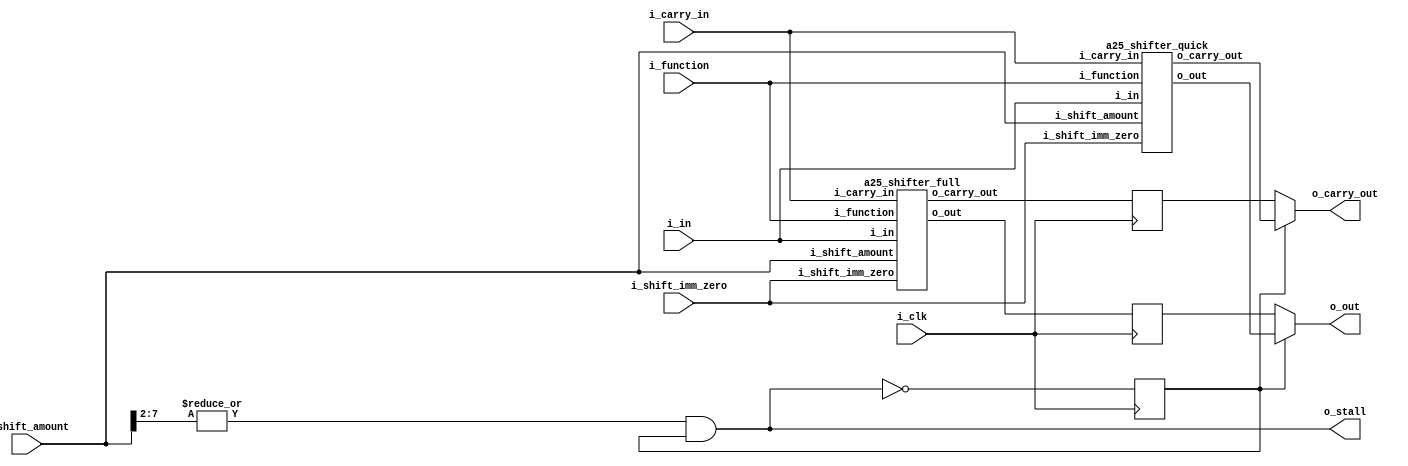
`define ADDR_WIDTH_21_8 8
`define DATA_WIDTH_21_8 21
`define ADDR_WIDTH_128_8 8
`define DATA_WIDTH_128_8 128
`define _A25_CONFIG_DEFINES
`define A25_ICACHE_WAYS 4
`define A25_DCACHE_WAYS 4
`define _A25_CONFIG_DEFINES
`define A25_ICACHE_WAYS 4
`define A25_DCACHE_WAYS 4
//`define A25_DECOMPILE
//`define A25_COPRO15_DEBUG
//`define A25_CACHE_DEBUG
//    `define A25_DECOMPILE_FILE    "amber.dis"

module a25_barrel_shift (
 
			i_clk,
			i_in,
			i_carry_in,
			i_shift_amount,     
			i_shift_imm_zero,  
			i_function,
 
			o_out,
			o_carry_out,
			o_stall
 
);

/************************* IO Declarations *********************/ 
input                       i_clk;
input       [31:0]          i_in;
input                       i_carry_in;
input       [7:0]           i_shift_amount;    // uses 8 LSBs of Rs, or a 5 bit immediate constant
input                       i_shift_imm_zero;   // high when immediate shift value of zero selected
input       [1:0]           i_function;
 
output      [31:0]          o_out;
output                      o_carry_out;
output                      o_stall;

/************************* IO Declarations *********************/ 
wire [31:0] quick_out;
wire        quick_carry_out;
wire [31:0] full_out;
wire        full_carry_out;
reg  [31:0] full_out_r       = 32'd0;
reg         full_carry_out_r = 1'd0;
reg         use_quick_r      = 1'd1;
 
 
assign o_stall      = (|i_shift_amount[7:2]) & use_quick_r;
assign o_out        = use_quick_r ? quick_out : full_out_r;
assign o_carry_out  = use_quick_r ? quick_carry_out : full_carry_out_r;
 
 
// Capture the result from the full barrel shifter in case the
// quick shifter gives the wrong value
always @(posedge i_clk)
    begin
    full_out_r       <= full_out;
    full_carry_out_r <= full_carry_out;
    use_quick_r      <= !o_stall;
    end
 
// Full barrel shifter
a25_shifter_full u_shifter_full (
    .i_in               ( i_in             ),
    .i_carry_in         ( i_carry_in       ),
    .i_shift_amount     ( i_shift_amount   ),   
    .i_shift_imm_zero   ( i_shift_imm_zero ), 
    .i_function         ( i_function       ),
    .o_out              ( full_out         ),
    .o_carry_out        ( full_carry_out   )
);
 
 
 
// Quick barrel shifter
a25_shifter_quick u_shifter_quick (
    .i_in               ( i_in             ),
    .i_carry_in         ( i_carry_in       ),
    .i_shift_amount     ( i_shift_amount   ),   
    .i_shift_imm_zero   ( i_shift_imm_zero ), 
    .i_function         ( i_function       ),
    .o_out              ( quick_out        ),
    .o_carry_out        ( quick_carry_out  )
);

endmodule
module a25_shifter_quick 
(
 
i_in,
i_carry_in,
i_shift_amount,    
i_shift_imm_zero,   
i_function,
 
o_out,
o_carry_out
 
);

input       [31:0]          i_in;
input                       i_carry_in;
input       [7:0]           i_shift_amount;     // uses 8 LSBs of Rs, or a 5 bit immediate constant
input                       i_shift_imm_zero;   // high when immediate shift value of zero selected
input       [1:0]           i_function;
 
output      [31:0]          o_out;
output                      o_carry_out;

//////////////////////////////////////////////////////////////////
//                                                              //
//  Parameters file for Amber 25 Core                           //
//                                                              //
//  This file is part of the Amber project                      //
//  http://www.opencores.org/project,amber                      //
//                                                              //
//  Description                                                 //
//  Holds general parameters that are used is several core      //
//  modules                                                     //
//                                                              //
//  Author(s):                                                  //
//      - Conor Santifort, csantifort.amber@gmail.com           //
//                                                              //
//////////////////////////////////////////////////////////////////
//                                                              //
// Copyright (C) 2011 Authors and OPENCORES.ORG                 //
//                                                              //
// This source file may be used and distributed without         //
// restriction provided that this copyright statement is not    //
// removed from the file and that any derivative work contains  //
// the original copyright notice and the associated disclaimer. //
//                                                              //
// This source file is free software; you can redistribute it   //
// and/or modify it under the terms of the GNU Lesser General   //
// Public License as published by the Free Software Foundation; //
// either version 2.1 of the License, or (at your option) any   //
// later version.                                               //
//                                                              //
// This source is distributed in the hope that it will be       //
// useful, but WITHOUT ANY WARRANTY; without even the implied   //
// warranty of MERCHANTABILITY or FITNESS FOR A PARTICULAR      //
// PURPOSE.  See the GNU Lesser General Public License for more //
// details.                                                     //
//                                                              //
// You should have received a copy of the GNU Lesser General    //
// Public License along with this source; if not, download it   //
// from http://www.opencores.org/lgpl.shtml                     //
//                                                              //
//////////////////////////////////////////////////////////////////
 
 
// Instruction Types
localparam [3:0]    REGOP       = 4'h0, // Data processing
                    MULT        = 4'h1, // Multiply
                    SWAP        = 4'h2, // Single Data Swap
                    TRANS       = 4'h3, // Single data transfer
                    MTRANS      = 4'h4, // Multi-word data transfer
                    BRANCH      = 4'h5, // Branch
                    CODTRANS    = 4'h6, // Co-processor data transfer
                    COREGOP     = 4'h7, // Co-processor data operation
                    CORTRANS    = 4'h8, // Co-processor register transfer
                    SWI         = 4'h9; // software interrupt
 
 
// Opcodes
localparam [3:0] AND = 4'h0,        // Logical AND
                 EOR = 4'h1,        // Logical Exclusive OR
                 SUB = 4'h2,        // Subtract
                 RSB = 4'h3,        // Reverse Subtract
                 ADD = 4'h4,        // Add
                 ADC = 4'h5,        // Add with Carry
                 SBC = 4'h6,        // Subtract with Carry
                 RSC = 4'h7,        // Reverse Subtract with Carry
                 TST = 4'h8,        // Test  (using AND operator)
                 TEQ = 4'h9,        // Test Equivalence (using EOR operator)
                 CMP = 4'ha,       // Compare (using Subtract operator)
                 CMN = 4'hb,       // Compare Negated
                 ORR = 4'hc,       // Logical OR
                 MOV = 4'hd,       // Move
                 BIC = 4'he,       // Bit Clear (using AND & NOT operators)
                 MVN = 4'hf;       // Move NOT
 
// Condition Encoding
localparam [3:0] EQ  = 4'h0,        // Equal            / Z set
                 NE  = 4'h1,        // Not equal        / Z clear
                 CS  = 4'h2,        // Carry set        / C set
                 CC  = 4'h3,        // Carry clear      / C clear
                 MI  = 4'h4,        // Minus            / N set
                 PL  = 4'h5,        // Plus             / N clear
                 VS  = 4'h6,        // Overflow         / V set
                 VC  = 4'h7,        // No overflow      / V clear
                 HI  = 4'h8,        // Unsigned higher  / C set and Z clear
                 LS  = 4'h9,        // Unsigned lower
                                    // or same          / C clear or Z set
                 GE  = 4'ha,        // Signed greater 
                                    // than or equal    / N == V
                 LT  = 4'hb,        // Signed less than / N != V
                 GT  = 4'hc,        // Signed greater
                                    // than             / Z == 0, N == V
                 LE  = 4'hd,        // Signed less than
                                    // or equal         / Z == 1, N != V
                 AL  = 4'he,        // Always
                 NV  = 4'hf;        // Never
 
// Any instruction with a condition field of 0b1111 is UNPREDICTABLE.                
 
// Shift Types
localparam [1:0] LSL = 2'h0,
                 LSR = 2'h1,
                 ASR = 2'h2,
                 RRX = 2'h3,
                 ROR = 2'h3; 
 
// Modes
localparam [1:0] SVC  =  2'b11,  // Supervisor
                 IRQ  =  2'b10,  // Interrupt
                 FIRQ =  2'b01,  // Fast Interrupt
                 USR  =  2'b00;  // User
 
// One-Hot Mode encodings
localparam [5:0] OH_USR  = 0,
                 OH_IRQ  = 1,
                 OH_FIRQ = 2,
                 OH_SVC  = 3;
 
 
 
  // MSB is carry out
wire [32:0] lsl_out;
wire [32:0] lsr_out;
wire [32:0] asr_out;
wire [32:0] ror_out;
 
 
// Logical shift right zero is redundant as it is the same as logical shift left zero, so
// the assembler will convert LSR #0 (and ASR #0 and ROR #0) into LSL #0, and allow
// lsr #32 to be specified.
 
// lsl #0 is a special case, where the shifter carry out is the old value of the status flags
// C flag. The contents of Rm are used directly as the second operand.
  
    // only gives the correct result if the shift value is < 4
    assign lsl_out = i_shift_imm_zero        ? {i_carry_in, i_in              } : // fall through case 
                     i_shift_amount == 2'd0  ? {i_carry_in, i_in              } : // fall through case
                     i_shift_amount == 2'd1  ? {i_in[31],   i_in[30: 0],  1'd0} :
                     i_shift_amount == 2'd2  ? {i_in[30],   i_in[29: 0],  2'd0} :
                                               {i_in[29],   i_in[28: 0],  3'd0} ; // 3
 
// The form of the shift field which might be expected to correspond to LSR #0 is used
// to encode LSR #32, which has a zero result with bit 31 of Rm as the carry output. 

    // only gives the correct result if the shift value is < 4
    assign lsr_out = i_shift_imm_zero             ? {i_in[31], 32'd0             } :
                     i_shift_amount[1:0] == 2'd0  ? {i_carry_in, i_in            } :  // fall through case
                     i_shift_amount[1:0] == 2'd1  ? {i_in[ 0],  1'd0, i_in[31: 1]} :
                     i_shift_amount[1:0] == 2'd2  ? {i_in[ 1],  2'd0, i_in[31: 2]} :
                                                    {i_in[ 2],  3'd0, i_in[31: 3]} ; // 3
 
// The form of the shift field which might be expected to give ASR #0 is used to encode
// ASR #32. Bit 31 of Rm is again used as the carry output, and each bit of operand 2 is
// also equal to bit 31 of Rm. The result is therefore all ones or all zeros, according to
// the value of bit 31 of Rm. 
 
    // only gives the correct result if the shift value is < 4
    assign asr_out = i_shift_imm_zero             ? {i_in[31], {32{i_in[31]}}             } :
                     i_shift_amount[1:0] == 2'd0  ? {i_carry_in, i_in                     } :  // fall through case
                     i_shift_amount[1:0] == 2'd1  ? {i_in[ 0], { 2{i_in[31]}}, i_in[30: 1]} :
                     i_shift_amount[1:0] == 2'd2  ? {i_in[ 1], { 3{i_in[31]}}, i_in[30: 2]} :
                                                    {i_in[ 2], { 4{i_in[31]}}, i_in[30: 3]} ; // 3
 
    // only gives the correct result if the shift value is < 4
    assign ror_out = i_shift_imm_zero             ? {i_in[ 0], i_carry_in,  i_in[31: 1]} :  // RXR, (ROR w/ imm 0)
                     i_shift_amount[1:0] == 2'd0  ? {i_carry_in, i_in                  } :  // fall through case
                     i_shift_amount[1:0] == 2'd1  ? {i_in[ 0], i_in[    0], i_in[31: 1]} :
                     i_shift_amount[1:0] == 2'd2  ? {i_in[ 1], i_in[ 1: 0], i_in[31: 2]} :
                                                    {i_in[ 2], i_in[ 2: 0], i_in[31: 3]} ; // 3
 
assign {o_carry_out, o_out} = i_function == LSL ? lsl_out :
                              i_function == LSR ? lsr_out :
                              i_function == ASR ? asr_out :
                                                  ror_out ;
 
endmodule
module a25_shifter_full 
(
 
i_in,
i_carry_in,
i_shift_amount,    
i_shift_imm_zero,   
i_function,
 
o_out,
o_carry_out
 
);

input       [31:0]          i_in;
input                       i_carry_in;
input       [7:0]           i_shift_amount;     // uses 8 LSBs of Rs, or a 5 bit immediate constant
input                       i_shift_imm_zero;   // high when immediate shift value of zero selected
input       [1:0]           i_function;
 
output      [31:0]          o_out;
output                      o_carry_out;

//////////////////////////////////////////////////////////////////
//                                                              //
//  Parameters file for Amber 25 Core                           //
//                                                              //
//  This file is part of the Amber project                      //
//  http://www.opencores.org/project,amber                      //
//                                                              //
//  Description                                                 //
//  Holds general parameters that are used is several core      //
//  modules                                                     //
//                                                              //
//  Author(s):                                                  //
//      - Conor Santifort, csantifort.amber@gmail.com           //
//                                                              //
//////////////////////////////////////////////////////////////////
//                                                              //
// Copyright (C) 2011 Authors and OPENCORES.ORG                 //
//                                                              //
// This source file may be used and distributed without         //
// restriction provided that this copyright statement is not    //
// removed from the file and that any derivative work contains  //
// the original copyright notice and the associated disclaimer. //
//                                                              //
// This source file is free software; you can redistribute it   //
// and/or modify it under the terms of the GNU Lesser General   //
// Public License as published by the Free Software Foundation; //
// either version 2.1 of the License, or (at your option) any   //
// later version.                                               //
//                                                              //
// This source is distributed in the hope that it will be       //
// useful, but WITHOUT ANY WARRANTY; without even the implied   //
// warranty of MERCHANTABILITY or FITNESS FOR A PARTICULAR      //
// PURPOSE.  See the GNU Lesser General Public License for more //
// details.                                                     //
//                                                              //
// You should have received a copy of the GNU Lesser General    //
// Public License along with this source; if not, download it   //
// from http://www.opencores.org/lgpl.shtml                     //
//                                                              //
//////////////////////////////////////////////////////////////////
 
 
// Instruction Types
localparam [3:0]    REGOP       = 4'h0, // Data processing
                    MULT        = 4'h1, // Multiply
                    SWAP        = 4'h2, // Single Data Swap
                    TRANS       = 4'h3, // Single data transfer
                    MTRANS      = 4'h4, // Multi-word data transfer
                    BRANCH      = 4'h5, // Branch
                    CODTRANS    = 4'h6, // Co-processor data transfer
                    COREGOP     = 4'h7, // Co-processor data operation
                    CORTRANS    = 4'h8, // Co-processor register transfer
                    SWI         = 4'h9; // software interrupt
 
 
// Opcodes
localparam [3:0] AND = 4'h0,        // Logical AND
                 EOR = 4'h1,        // Logical Exclusive OR
                 SUB = 4'h2,        // Subtract
                 RSB = 4'h3,        // Reverse Subtract
                 ADD = 4'h4,        // Add
                 ADC = 4'h5,        // Add with Carry
                 SBC = 4'h6,        // Subtract with Carry
                 RSC = 4'h7,        // Reverse Subtract with Carry
                 TST = 4'h8,        // Test  (using AND operator)
                 TEQ = 4'h9,        // Test Equivalence (using EOR operator)
                 CMP = 4'ha,       // Compare (using Subtract operator)
                 CMN = 4'hb,       // Compare Negated
                 ORR = 4'hc,       // Logical OR
                 MOV = 4'hd,       // Move
                 BIC = 4'he,       // Bit Clear (using AND & NOT operators)
                 MVN = 4'hf;       // Move NOT
 
// Condition Encoding
localparam [3:0] EQ  = 4'h0,        // Equal            / Z set
                 NE  = 4'h1,        // Not equal        / Z clear
                 CS  = 4'h2,        // Carry set        / C set
                 CC  = 4'h3,        // Carry clear      / C clear
                 MI  = 4'h4,        // Minus            / N set
                 PL  = 4'h5,        // Plus             / N clear
                 VS  = 4'h6,        // Overflow         / V set
                 VC  = 4'h7,        // No overflow      / V clear
                 HI  = 4'h8,        // Unsigned higher  / C set and Z clear
                 LS  = 4'h9,        // Unsigned lower
                                    // or same          / C clear or Z set
                 GE  = 4'ha,        // Signed greater 
                                    // than or equal    / N == V
                 LT  = 4'hb,        // Signed less than / N != V
                 GT  = 4'hc,        // Signed greater
                                    // than             / Z == 0, N == V
                 LE  = 4'hd,        // Signed less than
                                    // or equal         / Z == 1, N != V
                 AL  = 4'he,        // Always
                 NV  = 4'hf;        // Never
 
// Any instruction with a condition field of 0b1111 is UNPREDICTABLE.                
 
// Shift Types
localparam [1:0] LSL = 2'h0,
                 LSR = 2'h1,
                 ASR = 2'h2,
                 RRX = 2'h3,
                 ROR = 2'h3; 
 
// Modes
localparam [1:0] SVC  =  2'b11,  // Supervisor
                 IRQ  =  2'b10,  // Interrupt
                 FIRQ =  2'b01,  // Fast Interrupt
                 USR  =  2'b00;  // User
 
// One-Hot Mode encodings
localparam [5:0] OH_USR  = 0,
                 OH_IRQ  = 1,
                 OH_FIRQ = 2,
                 OH_SVC  = 3;
 
 

  // MSB is carry out
wire [32:0] lsl_out;
wire [32:0] lsr_out;
wire [32:0] asr_out;
wire [32:0] ror_out;
 
 
// Logical shift right zero is redundant as it is the same as logical shift left zero, so
// the assembler will convert LSR #0 (and ASR #0 and ROR #0) into LSL #0, and allow
// lsr #32 to be specified.
 
// lsl #0 is a special case, where the shifter carry out is the old value of the status flags
// C flag. The contents of Rm are used directly as the second operand.
 
    assign lsl_out = i_shift_imm_zero         ? {i_carry_in, i_in              } :  // fall through case 
 
                     i_shift_amount == 8'd0  ? {i_carry_in, i_in              } :  // fall through case
                     i_shift_amount == 8'd1  ? {i_in[31],   i_in[30: 0],  1'd0} :
                     i_shift_amount == 8'd2  ? {i_in[30],   i_in[29: 0],  2'd0} :
                     i_shift_amount == 8'd3  ? {i_in[29],   i_in[28: 0],  3'd0} :
                     i_shift_amount == 8'd4  ? {i_in[28],   i_in[27: 0],  4'd0} :
                     i_shift_amount == 8'd5  ? {i_in[27],   i_in[26: 0],  5'd0} :
                     i_shift_amount == 8'd6  ? {i_in[26],   i_in[25: 0],  6'd0} :
                     i_shift_amount == 8'd7  ? {i_in[25],   i_in[24: 0],  7'd0} :
                     i_shift_amount == 8'd8  ? {i_in[24],   i_in[23: 0],  8'd0} :
                     i_shift_amount == 8'd9  ? {i_in[23],   i_in[22: 0],  9'd0} :
                     i_shift_amount == 8'd10  ? {i_in[22],   i_in[21: 0], 10'd0} :
                     i_shift_amount == 8'd11  ? {i_in[21],   i_in[20: 0], 11'd0} :
 
                     i_shift_amount == 8'd12  ? {i_in[20],   i_in[19: 0], 12'd0} :
                     i_shift_amount == 8'd13  ? {i_in[19],   i_in[18: 0], 13'd0} :
                     i_shift_amount == 8'd14  ? {i_in[18],   i_in[17: 0], 14'd0} :
                     i_shift_amount == 8'd15  ? {i_in[17],   i_in[16: 0], 15'd0} :
                     i_shift_amount == 8'd16  ? {i_in[16],   i_in[15: 0], 16'd0} :
                     i_shift_amount == 8'd17  ? {i_in[15],   i_in[14: 0], 17'd0} :
                     i_shift_amount == 8'd18  ? {i_in[14],   i_in[13: 0], 18'd0} :
                     i_shift_amount == 8'd19  ? {i_in[13],   i_in[12: 0], 19'd0} :
                     i_shift_amount == 8'd20  ? {i_in[12],   i_in[11: 0], 20'd0} :
                     i_shift_amount == 8'd21  ? {i_in[11],   i_in[10: 0], 21'd0} :
 
                     i_shift_amount == 8'd22  ? {i_in[10],   i_in[ 9: 0], 22'd0} :
                     i_shift_amount == 8'd23  ? {i_in[ 9],   i_in[ 8: 0], 23'd0} :
                     i_shift_amount == 8'd24  ? {i_in[ 8],   i_in[ 7: 0], 24'd0} :
                     i_shift_amount == 8'd25  ? {i_in[ 7],   i_in[ 6: 0], 25'd0} :
                     i_shift_amount == 8'd26  ? {i_in[ 6],   i_in[ 5: 0], 26'd0} :
                     i_shift_amount == 8'd27  ? {i_in[ 5],   i_in[ 4: 0], 27'd0} :
                     i_shift_amount == 8'd28  ? {i_in[ 4],   i_in[ 3: 0], 28'd0} :
                     i_shift_amount == 8'd29  ? {i_in[ 3],   i_in[ 2: 0], 29'd0} :
                     i_shift_amount == 8'd30  ? {i_in[ 2],   i_in[ 1: 0], 30'd0} :
                     i_shift_amount == 8'd31  ? {i_in[ 1],   i_in[ 0: 0], 31'd0} :
                     i_shift_amount == 8'd32  ? {i_in[ 0],   32'd0             } :  // 32
                                                {1'd0,       32'd0             } ;  // > 32
 

// The form of the shift field which might be expected to correspond to LSR #0 is used
// to encode LSR #32, which has a zero result with bit 31 of Rm as the carry output. 
 
                                               // carry out, < -------- out ---------->
    assign lsr_out = i_shift_imm_zero         ? {i_in[31], 32'd0             } :
                     i_shift_amount == 8'd0  ? {i_carry_in, i_in            } :  // fall through case
                     i_shift_amount == 8'd1  ? {i_in[ 0],  1'd0, i_in[31: 1]} :
                     i_shift_amount == 8'd2  ? {i_in[ 1],  2'd0, i_in[31: 2]} :
                     i_shift_amount == 8'd3  ? {i_in[ 2],  3'd0, i_in[31: 3]} :
                     i_shift_amount == 8'd4  ? {i_in[ 3],  4'd0, i_in[31: 4]} :
                     i_shift_amount == 8'd5  ? {i_in[ 4],  5'd0, i_in[31: 5]} :
                     i_shift_amount == 8'd6  ? {i_in[ 5],  6'd0, i_in[31: 6]} :
                     i_shift_amount == 8'd7  ? {i_in[ 6],  7'd0, i_in[31: 7]} :
                     i_shift_amount == 8'd8  ? {i_in[ 7],  8'd0, i_in[31: 8]} :
                     i_shift_amount == 8'd9  ? {i_in[ 8],  9'd0, i_in[31: 9]} :
 
                     i_shift_amount == 8'd10  ? {i_in[ 9], 10'd0, i_in[31:10]} :
                     i_shift_amount == 8'd11  ? {i_in[10], 11'd0, i_in[31:11]} :
                     i_shift_amount == 8'd12  ? {i_in[11], 12'd0, i_in[31:12]} :
                     i_shift_amount == 8'd13  ? {i_in[12], 13'd0, i_in[31:13]} :
                     i_shift_amount == 8'd14  ? {i_in[13], 14'd0, i_in[31:14]} :
                     i_shift_amount == 8'd15  ? {i_in[14], 15'd0, i_in[31:15]} :
                     i_shift_amount == 8'd16  ? {i_in[15], 16'd0, i_in[31:16]} :
                     i_shift_amount == 8'd17  ? {i_in[16], 17'd0, i_in[31:17]} :
                     i_shift_amount == 8'd18  ? {i_in[17], 18'd0, i_in[31:18]} :
                     i_shift_amount == 8'd19  ? {i_in[18], 19'd0, i_in[31:19]} :
 
                     i_shift_amount == 8'd20  ? {i_in[19], 20'd0, i_in[31:20]} :
                     i_shift_amount == 8'd21  ? {i_in[20], 21'd0, i_in[31:21]} :
                     i_shift_amount == 8'd22  ? {i_in[21], 22'd0, i_in[31:22]} :
                     i_shift_amount == 8'd23  ? {i_in[22], 23'd0, i_in[31:23]} :
                     i_shift_amount == 8'd24  ? {i_in[23], 24'd0, i_in[31:24]} :
                     i_shift_amount == 8'd25  ? {i_in[24], 25'd0, i_in[31:25]} :
                     i_shift_amount == 8'd26  ? {i_in[25], 26'd0, i_in[31:26]} :
                     i_shift_amount == 8'd27  ? {i_in[26], 27'd0, i_in[31:27]} :
                     i_shift_amount == 8'd28  ? {i_in[27], 28'd0, i_in[31:28]} :
                     i_shift_amount == 8'd29  ? {i_in[28], 29'd0, i_in[31:29]} :
 
                     i_shift_amount == 8'd30  ? {i_in[29], 30'd0, i_in[31:30]} :
                     i_shift_amount == 8'd31  ? {i_in[30], 31'd0, i_in[31   ]} :
                     i_shift_amount == 8'd32  ? {i_in[31], 32'd0             } :
                                                {1'd0,     32'd0             } ;  // > 32
 
// The form of the shift field which might be expected to give ASR #0 is used to encode
// ASR #32. Bit 31 of Rm is again used as the carry output, and each bit of operand 2 is
// also equal to bit 31 of Rm. The result is therefore all ones or all zeros, according to
// the value of bit 31 of Rm.
  
                                              // carry out, < -------- out ---------->
    assign asr_out = i_shift_imm_zero         ? {i_in[31], {32{i_in[31]}}             } :
                     i_shift_amount == 8'd0  ? {i_carry_in, i_in                     } :  // fall through case
                     i_shift_amount == 8'd1  ? {i_in[ 0], { 2{i_in[31]}}, i_in[30: 1]} :
                     i_shift_amount == 8'd2  ? {i_in[ 1], { 3{i_in[31]}}, i_in[30: 2]} :
                     i_shift_amount == 8'd3  ? {i_in[ 2], { 4{i_in[31]}}, i_in[30: 3]} :
                     i_shift_amount == 8'd4  ? {i_in[ 3], { 5{i_in[31]}}, i_in[30: 4]} :
                     i_shift_amount == 8'd5  ? {i_in[ 4], { 6{i_in[31]}}, i_in[30: 5]} :
                     i_shift_amount == 8'd6  ? {i_in[ 5], { 7{i_in[31]}}, i_in[30: 6]} :
                     i_shift_amount == 8'd7  ? {i_in[ 6], { 8{i_in[31]}}, i_in[30: 7]} :
                     i_shift_amount == 8'd8  ? {i_in[ 7], { 9{i_in[31]}}, i_in[30: 8]} :
                     i_shift_amount == 8'd9  ? {i_in[ 8], {10{i_in[31]}}, i_in[30: 9]} :
 
                     i_shift_amount == 8'd10  ? {i_in[ 9], {11{i_in[31]}}, i_in[30:10]} :
                     i_shift_amount == 8'd11  ? {i_in[10], {12{i_in[31]}}, i_in[30:11]} :
                     i_shift_amount == 8'd12  ? {i_in[11], {13{i_in[31]}}, i_in[30:12]} :
                     i_shift_amount == 8'd13  ? {i_in[12], {14{i_in[31]}}, i_in[30:13]} :
                     i_shift_amount == 8'd14  ? {i_in[13], {15{i_in[31]}}, i_in[30:14]} :
                     i_shift_amount == 8'd15  ? {i_in[14], {16{i_in[31]}}, i_in[30:15]} :
                     i_shift_amount == 8'd16  ? {i_in[15], {17{i_in[31]}}, i_in[30:16]} :
                     i_shift_amount == 8'd17  ? {i_in[16], {18{i_in[31]}}, i_in[30:17]} :
                     i_shift_amount == 8'd18  ? {i_in[17], {19{i_in[31]}}, i_in[30:18]} :
                     i_shift_amount == 8'd19  ? {i_in[18], {20{i_in[31]}}, i_in[30:19]} :
 
                     i_shift_amount == 8'd20  ? {i_in[19], {21{i_in[31]}}, i_in[30:20]} :
                     i_shift_amount == 8'd21  ? {i_in[20], {22{i_in[31]}}, i_in[30:21]} :
                     i_shift_amount == 8'd22  ? {i_in[21], {23{i_in[31]}}, i_in[30:22]} :
                     i_shift_amount == 8'd23  ? {i_in[22], {24{i_in[31]}}, i_in[30:23]} :
                     i_shift_amount == 8'd24  ? {i_in[23], {25{i_in[31]}}, i_in[30:24]} :
                     i_shift_amount == 8'd25  ? {i_in[24], {26{i_in[31]}}, i_in[30:25]} :
                     i_shift_amount == 8'd26  ? {i_in[25], {27{i_in[31]}}, i_in[30:26]} :
                     i_shift_amount == 8'd27  ? {i_in[26], {28{i_in[31]}}, i_in[30:27]} :
                     i_shift_amount == 8'd28  ? {i_in[27], {29{i_in[31]}}, i_in[30:28]} :
                     i_shift_amount == 8'd29  ? {i_in[28], {30{i_in[31]}}, i_in[30:29]} :
                     i_shift_amount == 8'd30  ? {i_in[29], {31{i_in[31]}}, i_in[30   ]} :
                     i_shift_amount == 8'd31  ? {i_in[30], {32{i_in[31]}}             } :
                                                {i_in[31], {32{i_in[31]}}             } ; // >= 32
  
 
                                                  // carry out, < ------- out --------->
    assign ror_out = i_shift_imm_zero              ? {i_in[ 0], i_carry_in,  i_in[31: 1]} :  // RXR, (ROR w/ imm 0)
 
                     i_shift_amount[7:0] == 8'd0  ? {i_carry_in, i_in                  } :  // fall through case
 
                     i_shift_amount[4:0] == 5'd0  ? {i_in[31], i_in                    } :  // Rs > 31
                     i_shift_amount[4:0] == 5'd1  ? {i_in[ 0], i_in[    0], i_in[31: 1]} :
                     i_shift_amount[4:0] == 5'd2  ? {i_in[ 1], i_in[ 1: 0], i_in[31: 2]} :
                     i_shift_amount[4:0] == 5'd3  ? {i_in[ 2], i_in[ 2: 0], i_in[31: 3]} :
                     i_shift_amount[4:0] == 5'd4  ? {i_in[ 3], i_in[ 3: 0], i_in[31: 4]} :
                     i_shift_amount[4:0] == 5'd5  ? {i_in[ 4], i_in[ 4: 0], i_in[31: 5]} :
                     i_shift_amount[4:0] == 5'd6  ? {i_in[ 5], i_in[ 5: 0], i_in[31: 6]} :
                     i_shift_amount[4:0] == 5'd7  ? {i_in[ 6], i_in[ 6: 0], i_in[31: 7]} :
                     i_shift_amount[4:0] == 5'd8  ? {i_in[ 7], i_in[ 7: 0], i_in[31: 8]} :
                     i_shift_amount[4:0] == 5'd9  ? {i_in[ 8], i_in[ 8: 0], i_in[31: 9]} :
 
                     i_shift_amount[4:0] == 5'd10  ? {i_in[ 9], i_in[ 9: 0], i_in[31:10]} :
                     i_shift_amount[4:0] == 5'd11  ? {i_in[10], i_in[10: 0], i_in[31:11]} :
                     i_shift_amount[4:0] == 5'd12  ? {i_in[11], i_in[11: 0], i_in[31:12]} :
                     i_shift_amount[4:0] == 5'd13  ? {i_in[12], i_in[12: 0], i_in[31:13]} :
                     i_shift_amount[4:0] == 5'd14  ? {i_in[13], i_in[13: 0], i_in[31:14]} :
                     i_shift_amount[4:0] == 5'd15  ? {i_in[14], i_in[14: 0], i_in[31:15]} :
                     i_shift_amount[4:0] == 5'd16  ? {i_in[15], i_in[15: 0], i_in[31:16]} :
                     i_shift_amount[4:0] == 5'd17  ? {i_in[16], i_in[16: 0], i_in[31:17]} :
                     i_shift_amount[4:0] == 5'd18  ? {i_in[17], i_in[17: 0], i_in[31:18]} :
                     i_shift_amount[4:0] == 5'd19  ? {i_in[18], i_in[18: 0], i_in[31:19]} :
 
                     i_shift_amount[4:0] == 5'd20  ? {i_in[19], i_in[19: 0], i_in[31:20]} :
                     i_shift_amount[4:0] == 5'd21  ? {i_in[20], i_in[20: 0], i_in[31:21]} :
                     i_shift_amount[4:0] == 5'd22  ? {i_in[21], i_in[21: 0], i_in[31:22]} :
                     i_shift_amount[4:0] == 5'd23  ? {i_in[22], i_in[22: 0], i_in[31:23]} :
                     i_shift_amount[4:0] == 5'd24  ? {i_in[23], i_in[23: 0], i_in[31:24]} :
                     i_shift_amount[4:0] == 5'd25  ? {i_in[24], i_in[24: 0], i_in[31:25]} :
                     i_shift_amount[4:0] == 5'd26  ? {i_in[25], i_in[25: 0], i_in[31:26]} :
                     i_shift_amount[4:0] == 5'd27  ? {i_in[26], i_in[26: 0], i_in[31:27]} :
                     i_shift_amount[4:0] == 5'd28  ? {i_in[27], i_in[27: 0], i_in[31:28]} :
                     i_shift_amount[4:0] == 5'd29  ? {i_in[28], i_in[28: 0], i_in[31:29]} :
 
                     i_shift_amount[4:0] == 5'd30  ? {i_in[29], i_in[29: 0], i_in[31:30]} :
                                                     {i_in[30], i_in[30: 0], i_in[31:31]} ;
  
assign {o_carry_out, o_out} = i_function == LSL ? lsl_out :
                              i_function == LSR ? lsr_out :
                              i_function == ASR ? asr_out :
                                                  ror_out ;
 
endmodule